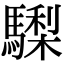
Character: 𩦀